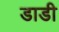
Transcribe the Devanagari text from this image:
डाडी